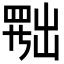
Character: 𦋦